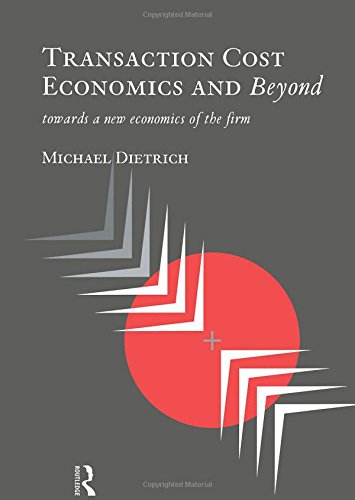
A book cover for Transaction Cost Economics & CL; Michael Dietrich; Business & Money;